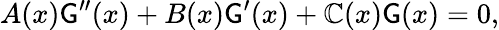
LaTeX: A(x)\mathsf{G}^{\prime\prime}(x)+B(x)\mathsf{G}^{\prime}(x)+\mathbb{C}(x)\mathsf{G}(x)=0,